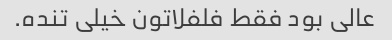
عالی بود فقط فلفلاتون خیلی تنده.